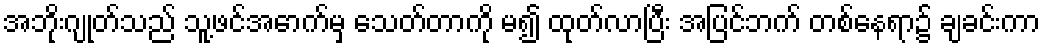
အဘိုးဂျုတ်သည် သူ့ဖင်အောက်မှ သေတ်တာကို မ၍ ထုတ်လာပြီး အပြင်ဘက် တစ်နေရာ၌ ချခင်းကာ